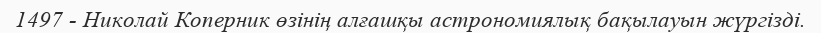
1497 - Николай Коперник өзінің алғашқы астрономиялық бақылауын жүргізді.